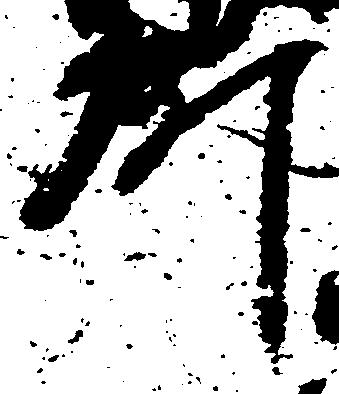
所